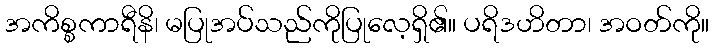
အကိစ္စကာရီနိ၊ မပြုအပ်သည်ကိုပြုလေ့ရှိ၏။ ပရိဒဟိတာ၊ အဝတ်ကို။